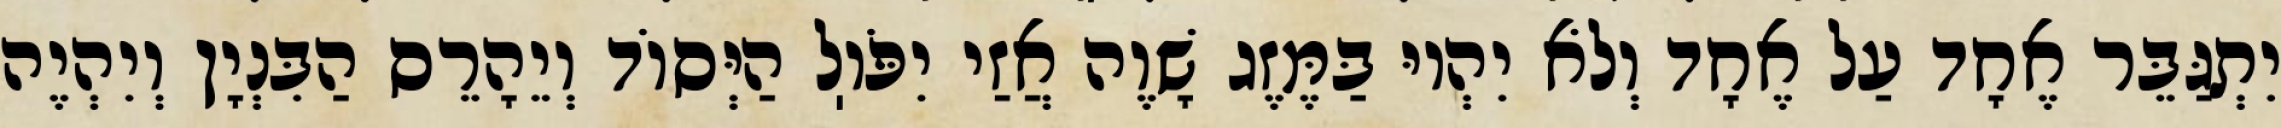
יִתְגַּבֵּר אֶחָד עַל אֶחָד וְלֹא יִהְיוּ בַּמֶּזֶג שָׁוֶה אֲזַי יִפֹּוֽל הַיְּסוֹד וְיֵהָרֵס הַבִּנְיָן וְיִהְיֶה